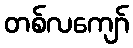
တစ်လကျော်